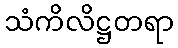
သံကိလိဋ္ဌတရာ